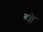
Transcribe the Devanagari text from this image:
बक्ले